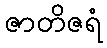
ဇာတိဇရံ